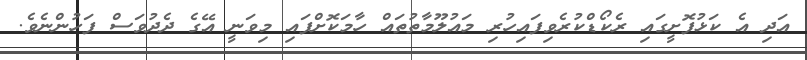
އަދި އެ ކަޅުފޮށީގައި ރެކޯޑްކުރެވިފައިހުރި މައުލޫމާތުތައް ހާމަކޮށްފައި މިވަނީ އޭގެ ދެދުވަސް ފަހުންނެވެ.